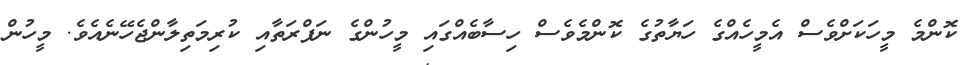
ކޮންމެ މީހަކަށްވެސް އެމީހެއްގެ ހަޔާތުގެ ކޮންމެވެސް ހިސާބެއްގައި މީހުންގެ ނަފްރަތާއި ކުރިމަތިލާންޖެހޭނެއެވެ. މީހުން